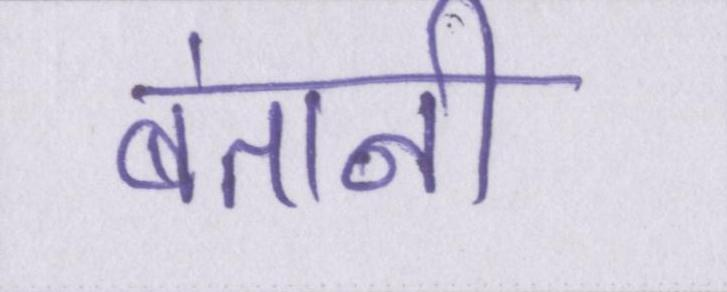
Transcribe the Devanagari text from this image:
बंतानी